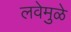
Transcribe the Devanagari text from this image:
लवेमुळे